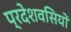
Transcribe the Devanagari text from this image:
प्रदेशवसियों